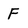
Character: F